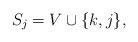
LaTeX: \begin{align*}S_j = V \cup \{k,j\},\end{align*}